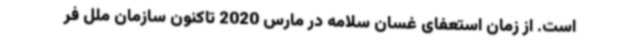
است. از زمان استعفای غسان سلامه در مارس 2020 تاکنون سازمان ملل فر